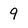
Character: 9